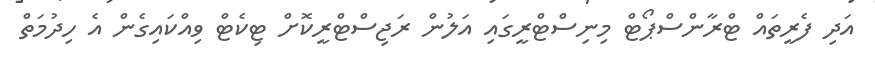
އަދި ފެރީތައް ޓްރާންސްޕޯޓް މިނިސްޓްރީގައި އަލުން ރަޖިސްޓްރީކޮށް ޓިކެޓް ވިއްކައިގެން އެ ހިދުމަތް